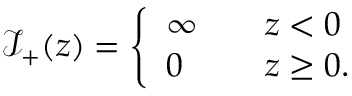
\mathcal { I } _ { + } ( z ) = \left\{ \begin{array} { l l } { \infty } & { \quad z < 0 } \\ { 0 } & { \quad z \geq 0 . } \end{array} \right.